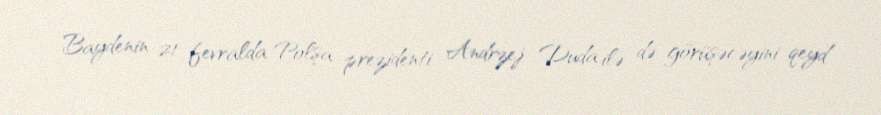
Baydenin 21 fevralda Polşa prezidenti Andrzej Duda ilə də görüşəcəyini qeyd